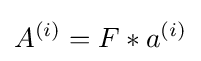
A^{(i)}=F\ast a^{(i)}